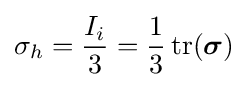
\sigma _{h}={\frac {I_{i}}{3}}={\frac {1}{3}}\operatorname {tr} ({\boldsymbol {\sigma }})